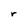
Character: r